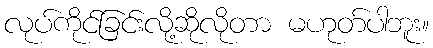
လုပ်ကိုင်ခြင်းလို့ဆိုလိုတာ မဟုတ်ပါဘူး။